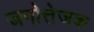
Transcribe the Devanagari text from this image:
जनोत्तेजक